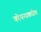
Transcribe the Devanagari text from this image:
कोपऱ्याकडील